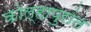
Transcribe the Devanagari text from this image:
कोल्हापुरांत